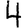
Digit: 4